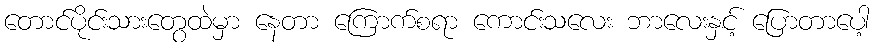
တောင်ပိုင်းသားတွေထဲမှာ နေတာ ကြောက်စရာ ကောင်းသလေး ဘာလေးနှင့် ပြောတာပေါ့